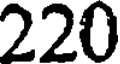
220